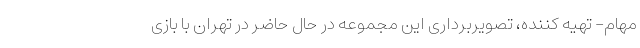
مهام- تهیه کننده، تصویربرداری این مجموعه در حال حاضر در تهران با بازی